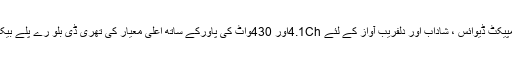
یہ اسٹائلش اور کمپیکٹ ڈیوائس ، شاداب اور دلفریب آواز کے لئے 4.1Chاور 430واٹ کی پاورکے ساتھ اعلیٰ معیار کی تھری ڈی بلو رے پلے بیک فراہم کرتا ہے ۔